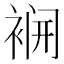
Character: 𮖌